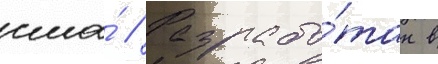
сша́ // Разрабо́тан в